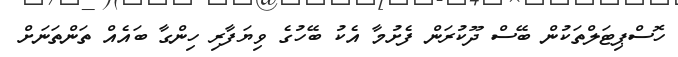
ހޮސްޕިޓަލްތަކުން ބޭސް ދޫކުރަން ފެށުމާ އެކު ބޭހުގެ ވިޔަފާރި ހިންގާ ބައެއް ތަންތަނަށް